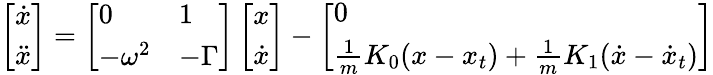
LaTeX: \left[\begin{array}{l}{\dot{x}}\\ {\ddot{x}}\end{array}\right]=\left[\begin{array}{ll}{0}&{1}\\ {-\omega^{2}}&{-\Gamma}\end{array}\right]\left[\begin{array}{l}{x}\\ {\dot{x}}\end{array}\right]-\left[\begin{array}{l}{0}\\ {\frac{1}{m}K_{0}(x-x_{t})+\frac{1}{m}K_{1}(\dot{x}-\dot{x}_{t})}\end{array}\right]